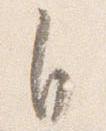
自